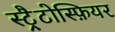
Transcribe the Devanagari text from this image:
स्ट्रैटोस्फ़ियर